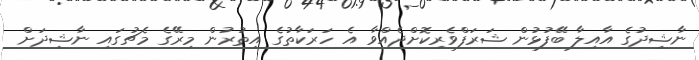
ނާޝިދުގެ އާއިލާ ބޭފުޅުން ޝަރަފްވެރިކޮށްދެއްވާ އެ ހަރަކާތުގެ އިތުރުން މިރޭގެ މެޗުގައި ނާޝިދަށް